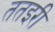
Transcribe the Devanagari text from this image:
ततइरी